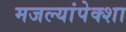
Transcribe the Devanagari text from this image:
मजल्यांपेक्शा